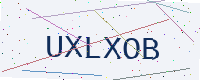
Text: UXLXOB